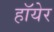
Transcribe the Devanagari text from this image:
हॉयेर